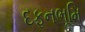
દફનભૂમિ